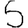
Digit: 5